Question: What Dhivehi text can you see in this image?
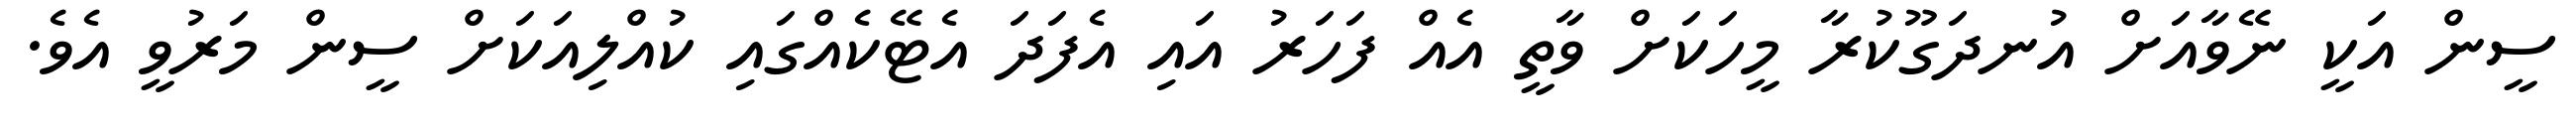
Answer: ސީން އަކީ ނޭވާއަށް އުނދަގޫކުރާ މީހަކަށް ވާތީ އެއް ފަހަރު އައި އެފަދަ އެޓޭކެއްގައި ކުއްލިއަކަށް ސީން މަރުވީ އެވެ.